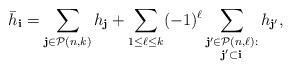
LaTeX: \begin{align*} \bar h_{\bf i} = \sum_{{\bf j } \in \mathcal{P}(n, k)} h_{\bf j} + \sum_{ 1 \leq \ell \leq k} (-1)^{\ell} \sum_{\substack{{\bf j'} \in \mathcal{P}(n, \ell) : \\ {\bf j'} \subset {\bf i}}} h_{\bf j'},\end{align*}